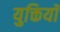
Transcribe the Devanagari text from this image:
युक्तियॉ